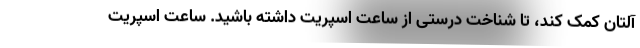
‌آلتان کمک کند، تا شناخت درستی از ساعت اسپریت داشته باشید. ساعت اسپریت